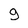
Character: g